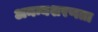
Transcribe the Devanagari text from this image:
अनन्यशरणता